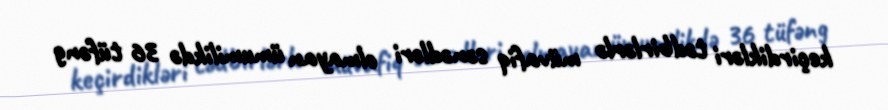
keçirdikləri tədbirlərlə müvafiq sənədləri olmayan ümumilikdə 36 tüfəng